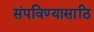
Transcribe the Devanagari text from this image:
संपविण्यासाठि